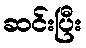
ဆင်းပြီး